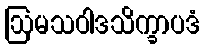
ဩမသဝါဒသိက္ခာပဒံ